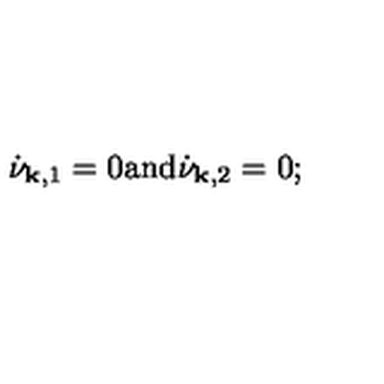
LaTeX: \dot { \nu } _ { { \bf k } , 1 } = 0 \mathrm { a n d } \dot { \nu } _ { { \bf k } , 2 } = 0 ;